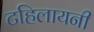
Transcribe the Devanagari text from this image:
टहिलायनी